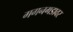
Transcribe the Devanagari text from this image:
गगनगडावर